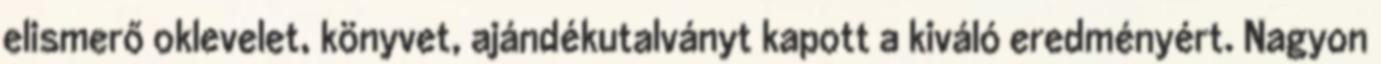
elismerő oklevelet, könyvet, ajándékutalványt kapott a kiváló eredményért. Nagyon